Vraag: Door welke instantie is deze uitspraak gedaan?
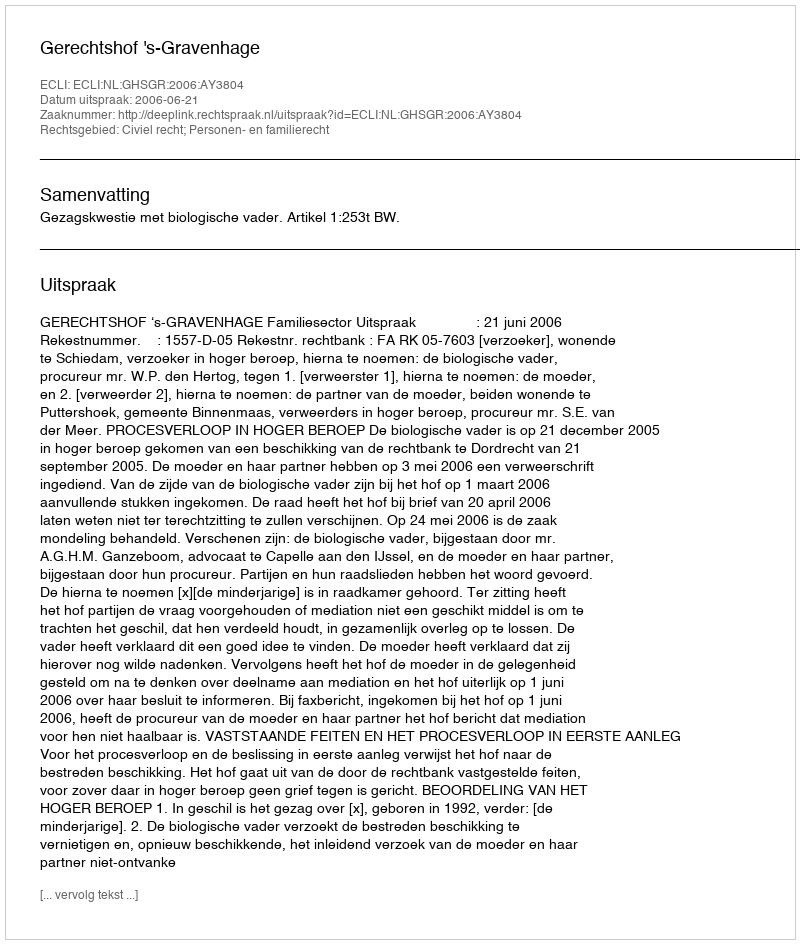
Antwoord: Gerechtshof 's-Gravenhage